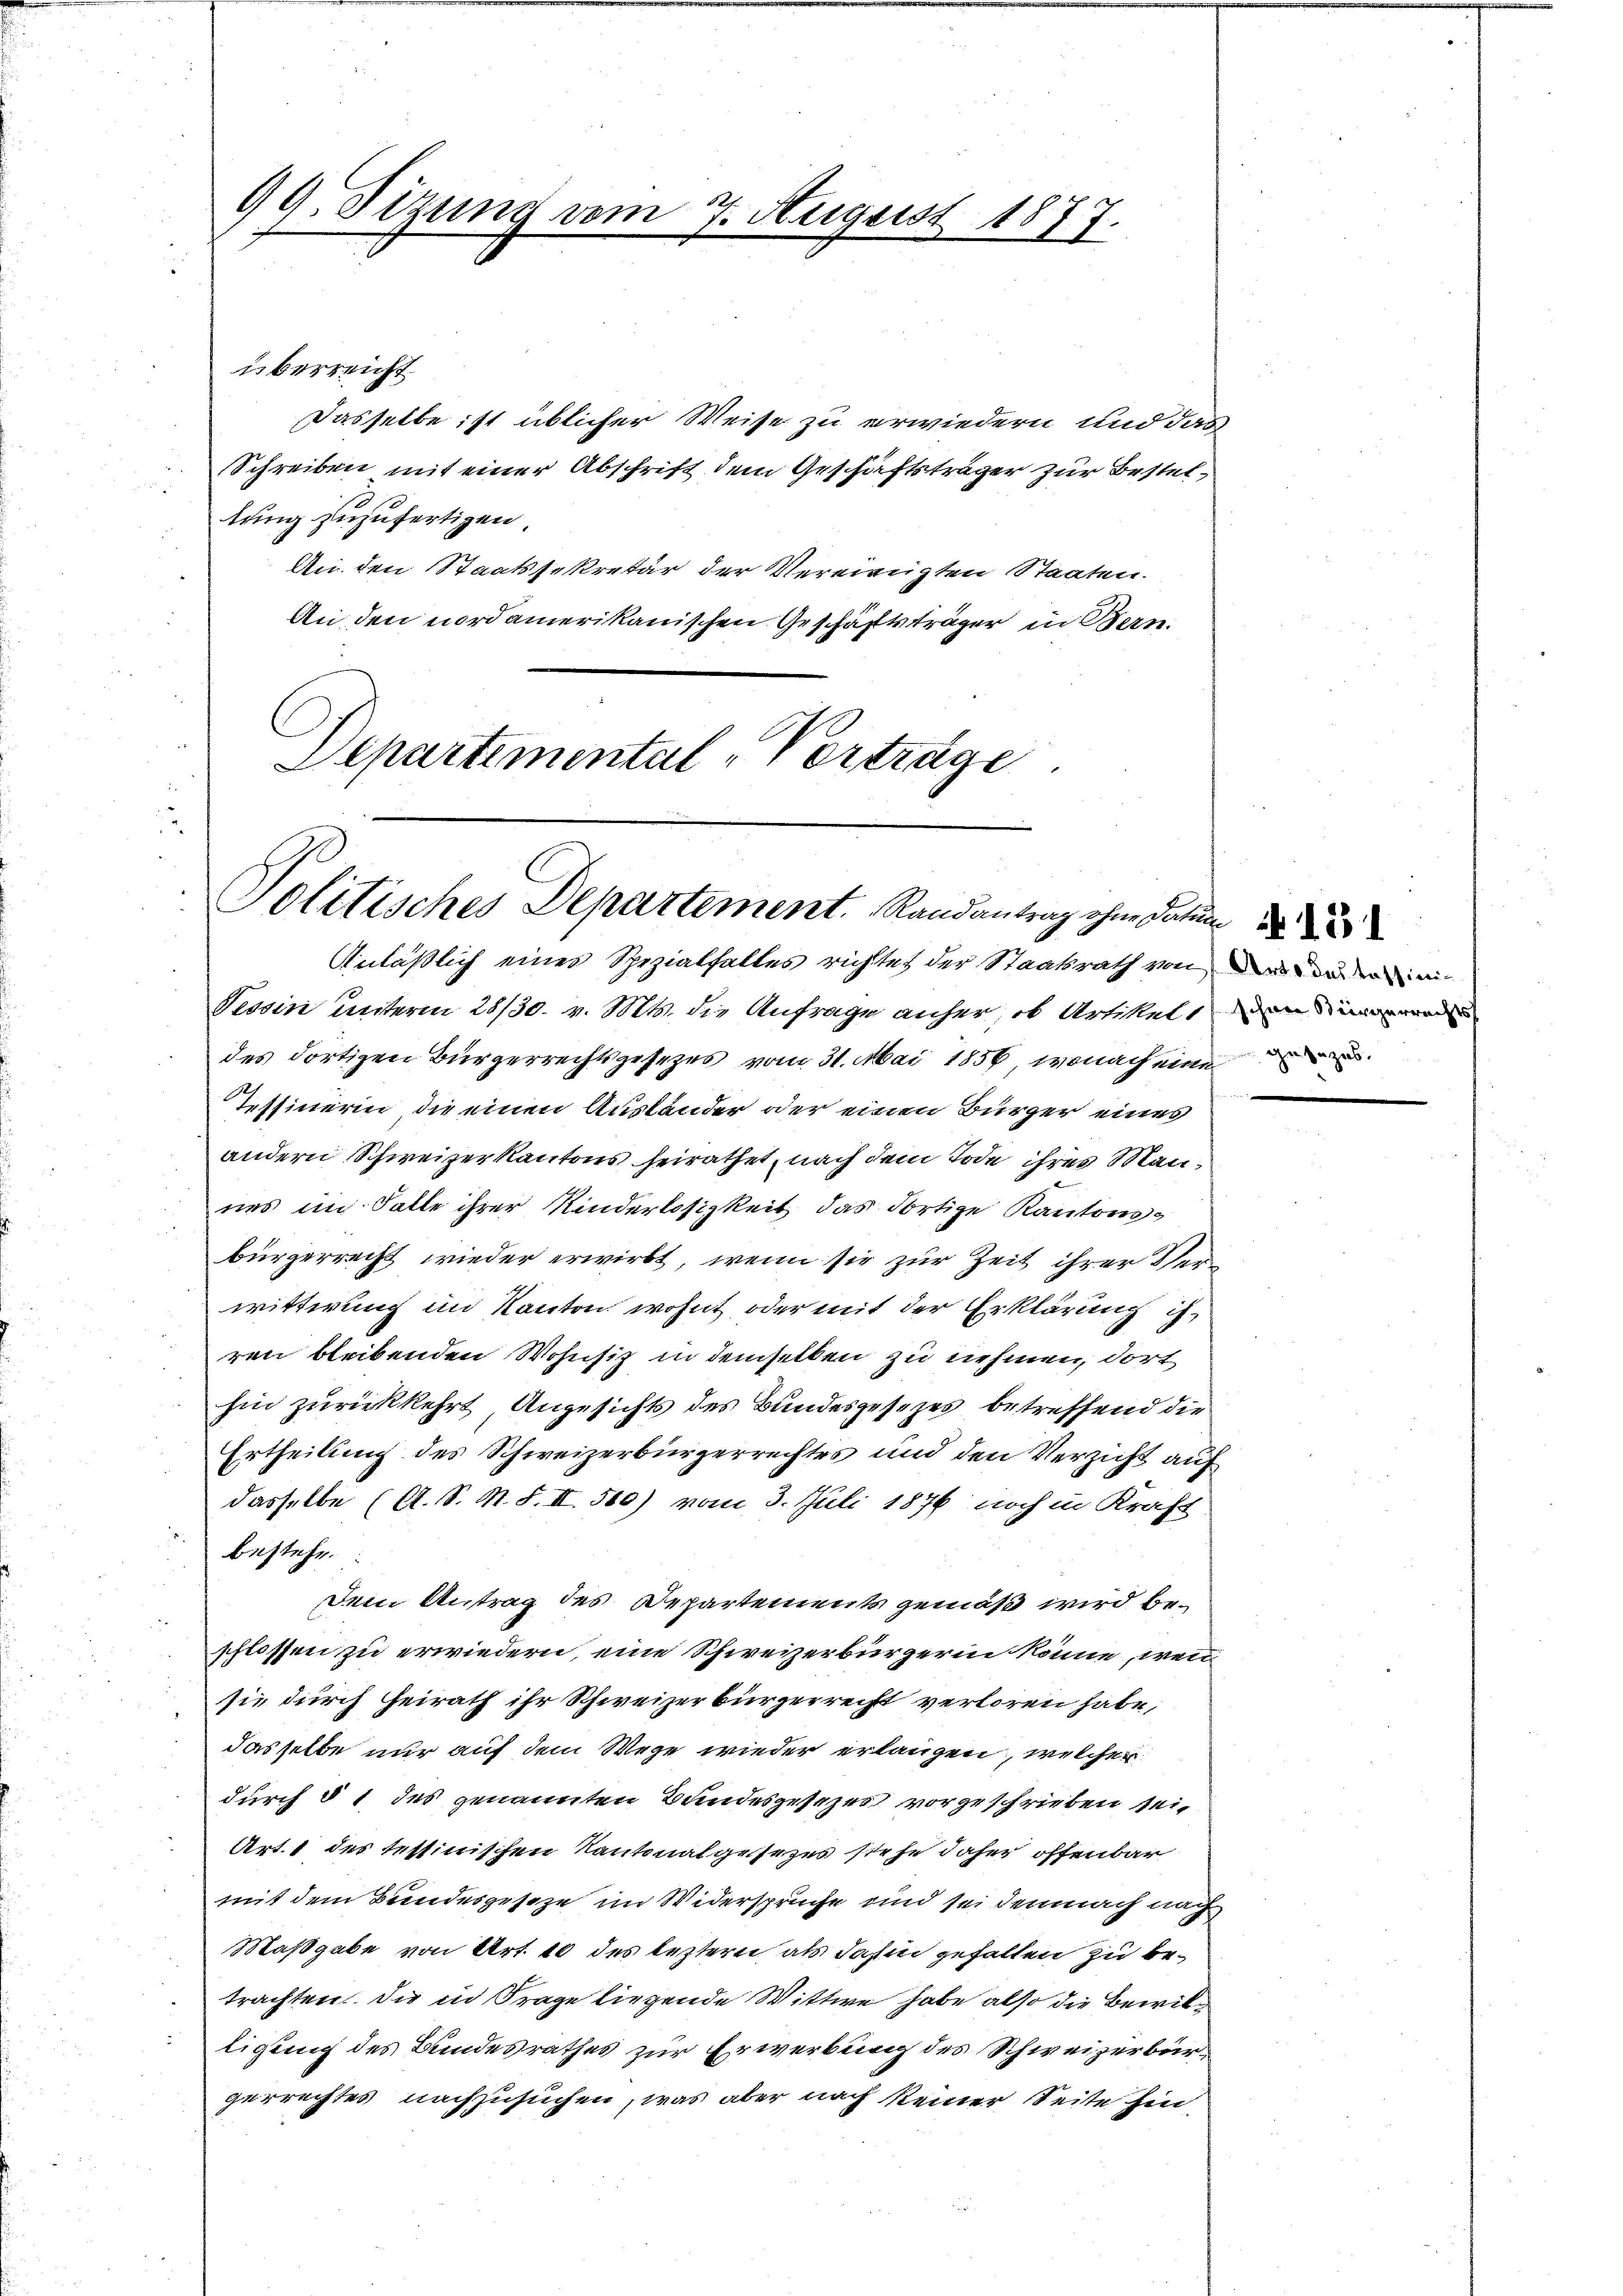
99. Sizung vom 7. August 1877.

überreicht
tung zuzufertigen.
An den Staatssekretär der Vereinigten Staaten.
An den nordamerikanischen Geschäftsträger in Bern.
Departimental-Vortrage

Politisches Departement. Randantrag ohne Datum

Dasselbe ist üblicher Weise zu erwiedern und das

Schreiben mit einer Abschrift dem Geschäftsträger zur Bestel¬

Anläßlich eines Spezialfalles richtet der Staatsrath von der andern
Tessin unterm 28/30. v. Mts. die Anfrage anher, ob Artikel, den
des dortigen Bürgerrechtsgesezes vom 31. Mai 1856, wonach eine
Tessinerin, die einen Ausländer oder einen Bürger eines
andern Schweizerkantons heirathet, nach dem Tode ihres Mannes im Falle ihrer Kinderlosigkeit, das dortige Kantonsbürgerrecht wieder erwirbt, wenn sie zur Zeit ihrer Verwittwung im Kanton wohnt oder mit der Erklärung ih
ren bleibenden Wohnsiz in demselben zu nehmen, dort
hin zurückkehrt, Angesichts des Bundesgesezes betreffend die
Ertheilung des Schweizerbürgerrechtes und den Verzicht auf
dasselbe (A. S. M. S. II 500) vom 3. Juli 1876 noch in Kraft
bestehe
Dem Antrag des Departement gemäß wird beschlossen zu erwiedern, eine Schweizerbürgerin könne, wenn
sie durch Heirath ihr Schweizerbürgerrecht verloren habe,
dasselbe nur auf dem Wege wieder erlangen, welcher
durch § 1 des genannten Bundesgesezes vorgeschrieben sei,
Art. 1 des tettinischen Kantonalgesezes stehe daher offenbar
mit dem Bundesgeseze im Widersprüche und sei demnach nach
Maßgabe von Art. 10 des leztern als dahin gefallen zu betrachten. Die in Frage liegende Wittwe habe also die Bewil
ligung des Bundesrathes zur Erwerbung des Schweizerbürgerrechtes nachzusuchen, was aber nach keiner Seite Ein